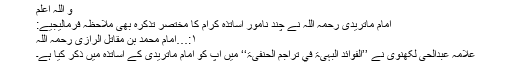
و اللہ اعلم
امام ماتریدی رحمہ اللہ نے چند نامور اساتذہ کرام کا مختصر تذکرہ بھی ملاحظہ فرمالیجیے:
۱:…اِمام محمد بن مقاتل الرازی رحمہ اللہ
علامہ عبدالحی لکھنویؒ نے ’’الفوائد البہیۃ في تراجم الحنفیۃ‘‘ میں آپ کو امام ماتریدیؒ کے اساتذہ میں ذکر کیا ہے۔